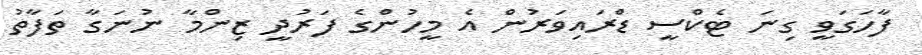
ފާހަގަވީ ގިނަ ޓެކްސީ ޑްރައިވަރުން އެ މީހުންގެ ފަރުދީ ޒިންމާ ނުނަގާ ތަފާތު